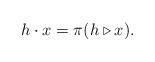
LaTeX: \begin{align*}h \cdot x = \pi(h \triangleright x).\end{align*}